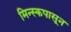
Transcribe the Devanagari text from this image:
मिन्स्कपासून